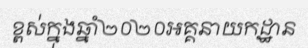
ខ្ពស់ក្នុងឆ្នាំ២០២០អគ្គនាយកដ្ឋាន